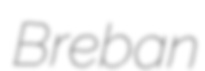
Breban